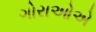
ગોરાઓએ